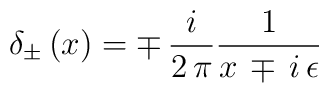
\delta_{\pm} \,(x)= \mp\, {i\over{2\,\pi}}{1\over{x\,\mp\,i\,\epsilon}}